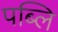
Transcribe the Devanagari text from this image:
पब्लि